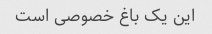
این یک باغ خصوصی است